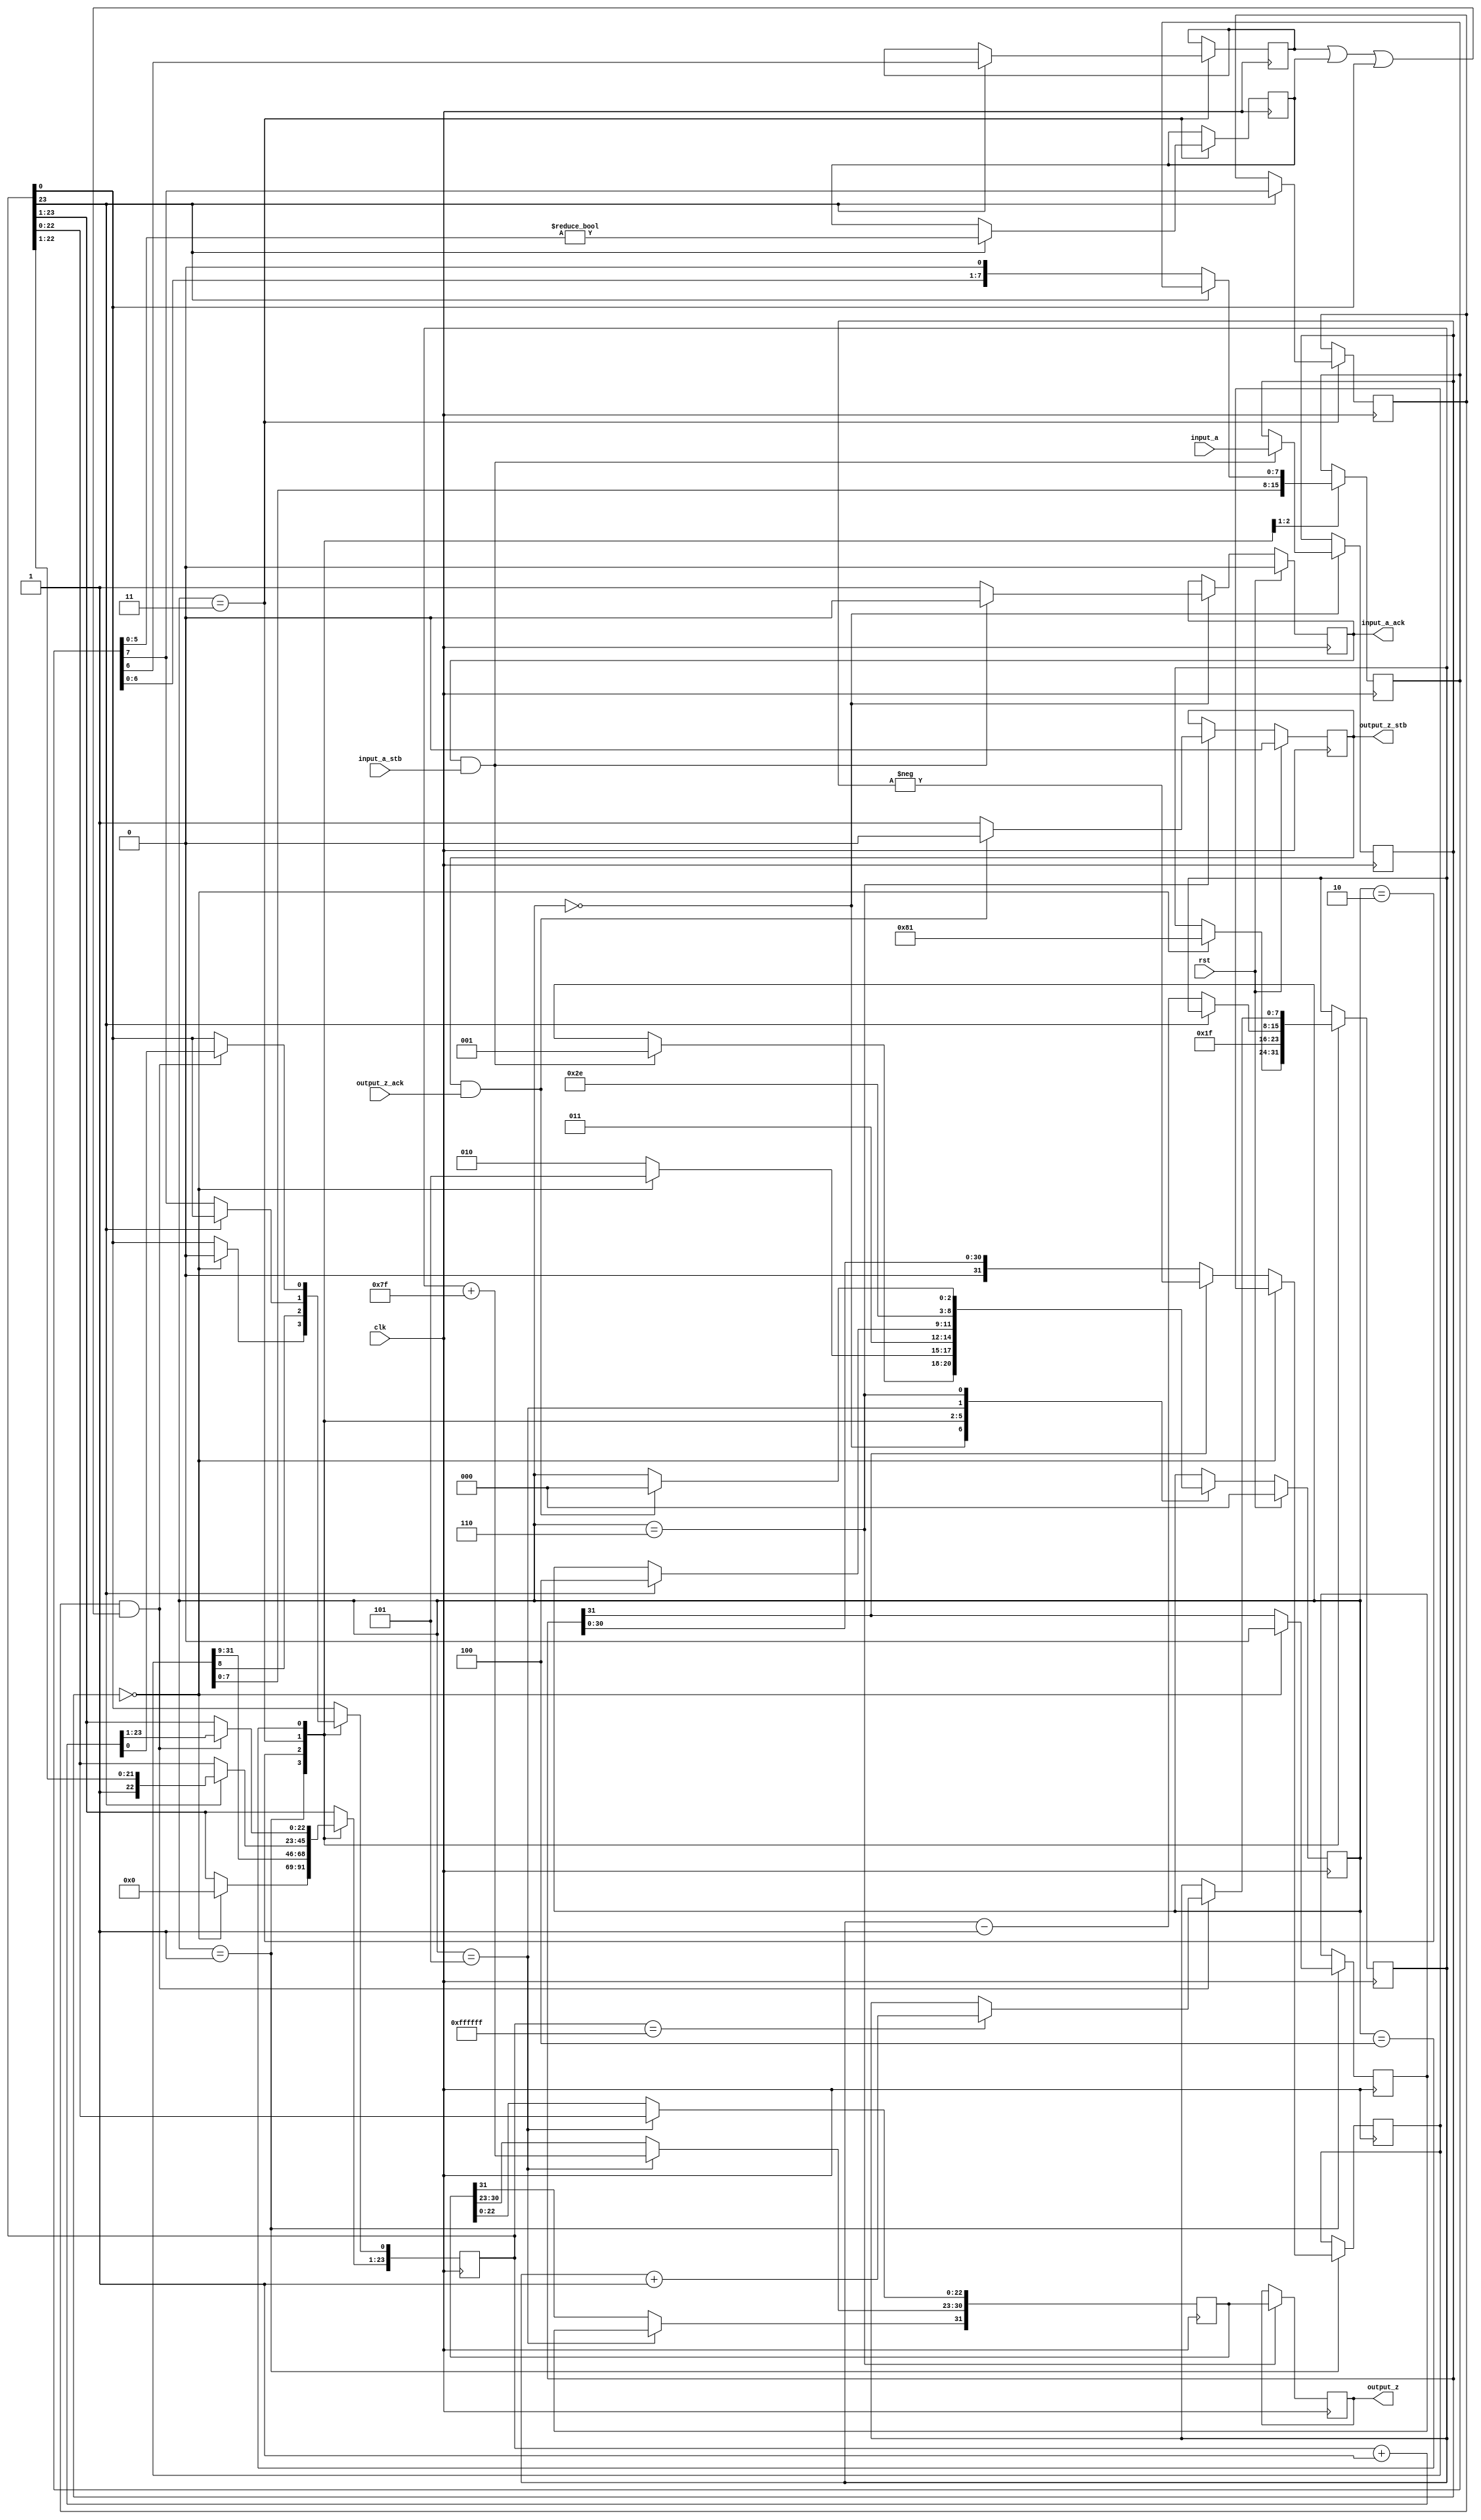
// This program was cloned from: https://github.com/dawsonjon/fpu
// License: MIT License

//Integer to IEEE Floating Point Converter (Single Precision)
//Copyright (C) Jonathan P Dawson 2013
//2013-12-12
module int_to_float(
        input_a,
        input_a_stb,
        output_z_ack,
        clk,
        rst,
        output_z,
        output_z_stb,
        input_a_ack);

  input     clk;
  input     rst;

  input     [31:0] input_a;
  input     input_a_stb;
  output    input_a_ack;

  output    [31:0] output_z;
  output    output_z_stb;
  input     output_z_ack;

  reg       s_output_z_stb;
  reg       [31:0] s_output_z;
  reg       s_input_a_ack;
  reg       s_input_b_ack;

  reg       [2:0] state;
  parameter get_a         = 3'd0,
            convert_0     = 3'd1,
            convert_1     = 3'd2,
            convert_2     = 3'd3,
            round         = 3'd4,
            pack          = 3'd5,
            put_z         = 3'd6;

  reg [31:0] a, z, value;
  reg [23:0] z_m;
  reg [7:0] z_r;
  reg [7:0] z_e;
  reg z_s;
  reg guard, round_bit, sticky;

  always @(posedge clk)
  begin

    case(state)

      get_a:
      begin
        s_input_a_ack <= 1;
        if (s_input_a_ack && input_a_stb) begin
          a <= input_a;
          s_input_a_ack <= 0;
          state <= convert_0;
        end
      end

      convert_0:
      begin
        if ( a == 0 ) begin
          z_s <= 0;
          z_m <= 0;
          z_e <= -127;
          state <= pack;
        end else begin
          value <= a[31] ? -a : a;
          z_s <= a[31];
          state <= convert_1;
        end
      end

      convert_1:
      begin
        z_e <= 31;
        z_m <= value[31:8];
        z_r <= value[7:0];
        state <= convert_2;
      end

      convert_2:
      begin
        if (!z_m[23]) begin
          z_e <= z_e - 1;
          z_m <= z_m << 1;
          z_m[0] <= z_r[7];
          z_r <= z_r << 1;
        end else begin
          guard <= z_r[7];
          round_bit <= z_r[6];
          sticky <= z_r[5:0] != 0;
          state <= round;
        end
      end

      round:
      begin
        if (guard && (round_bit || sticky || z_m[0])) begin
          z_m <= z_m + 1;
          if (z_m == 24'hffffff) begin
            z_e <=z_e + 1;
          end
        end
        state <= pack;
      end

      pack:
      begin
        z[22 : 0] <= z_m[22:0];
        z[30 : 23] <= z_e + 127;
        z[31] <= z_s;
        state <= put_z;
      end

      put_z:
      begin
        s_output_z_stb <= 1;
        s_output_z <= z;
        if (s_output_z_stb && output_z_ack) begin
          s_output_z_stb <= 0;
          state <= get_a;
        end
      end

    endcase

    if (rst == 1) begin
      state <= get_a;
      s_input_a_ack <= 0;
      s_output_z_stb <= 0;
    end

  end
  assign input_a_ack = s_input_a_ack;
  assign output_z_stb = s_output_z_stb;
  assign output_z = s_output_z;

endmodule